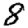
Digit: 8